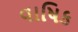
વાષિક